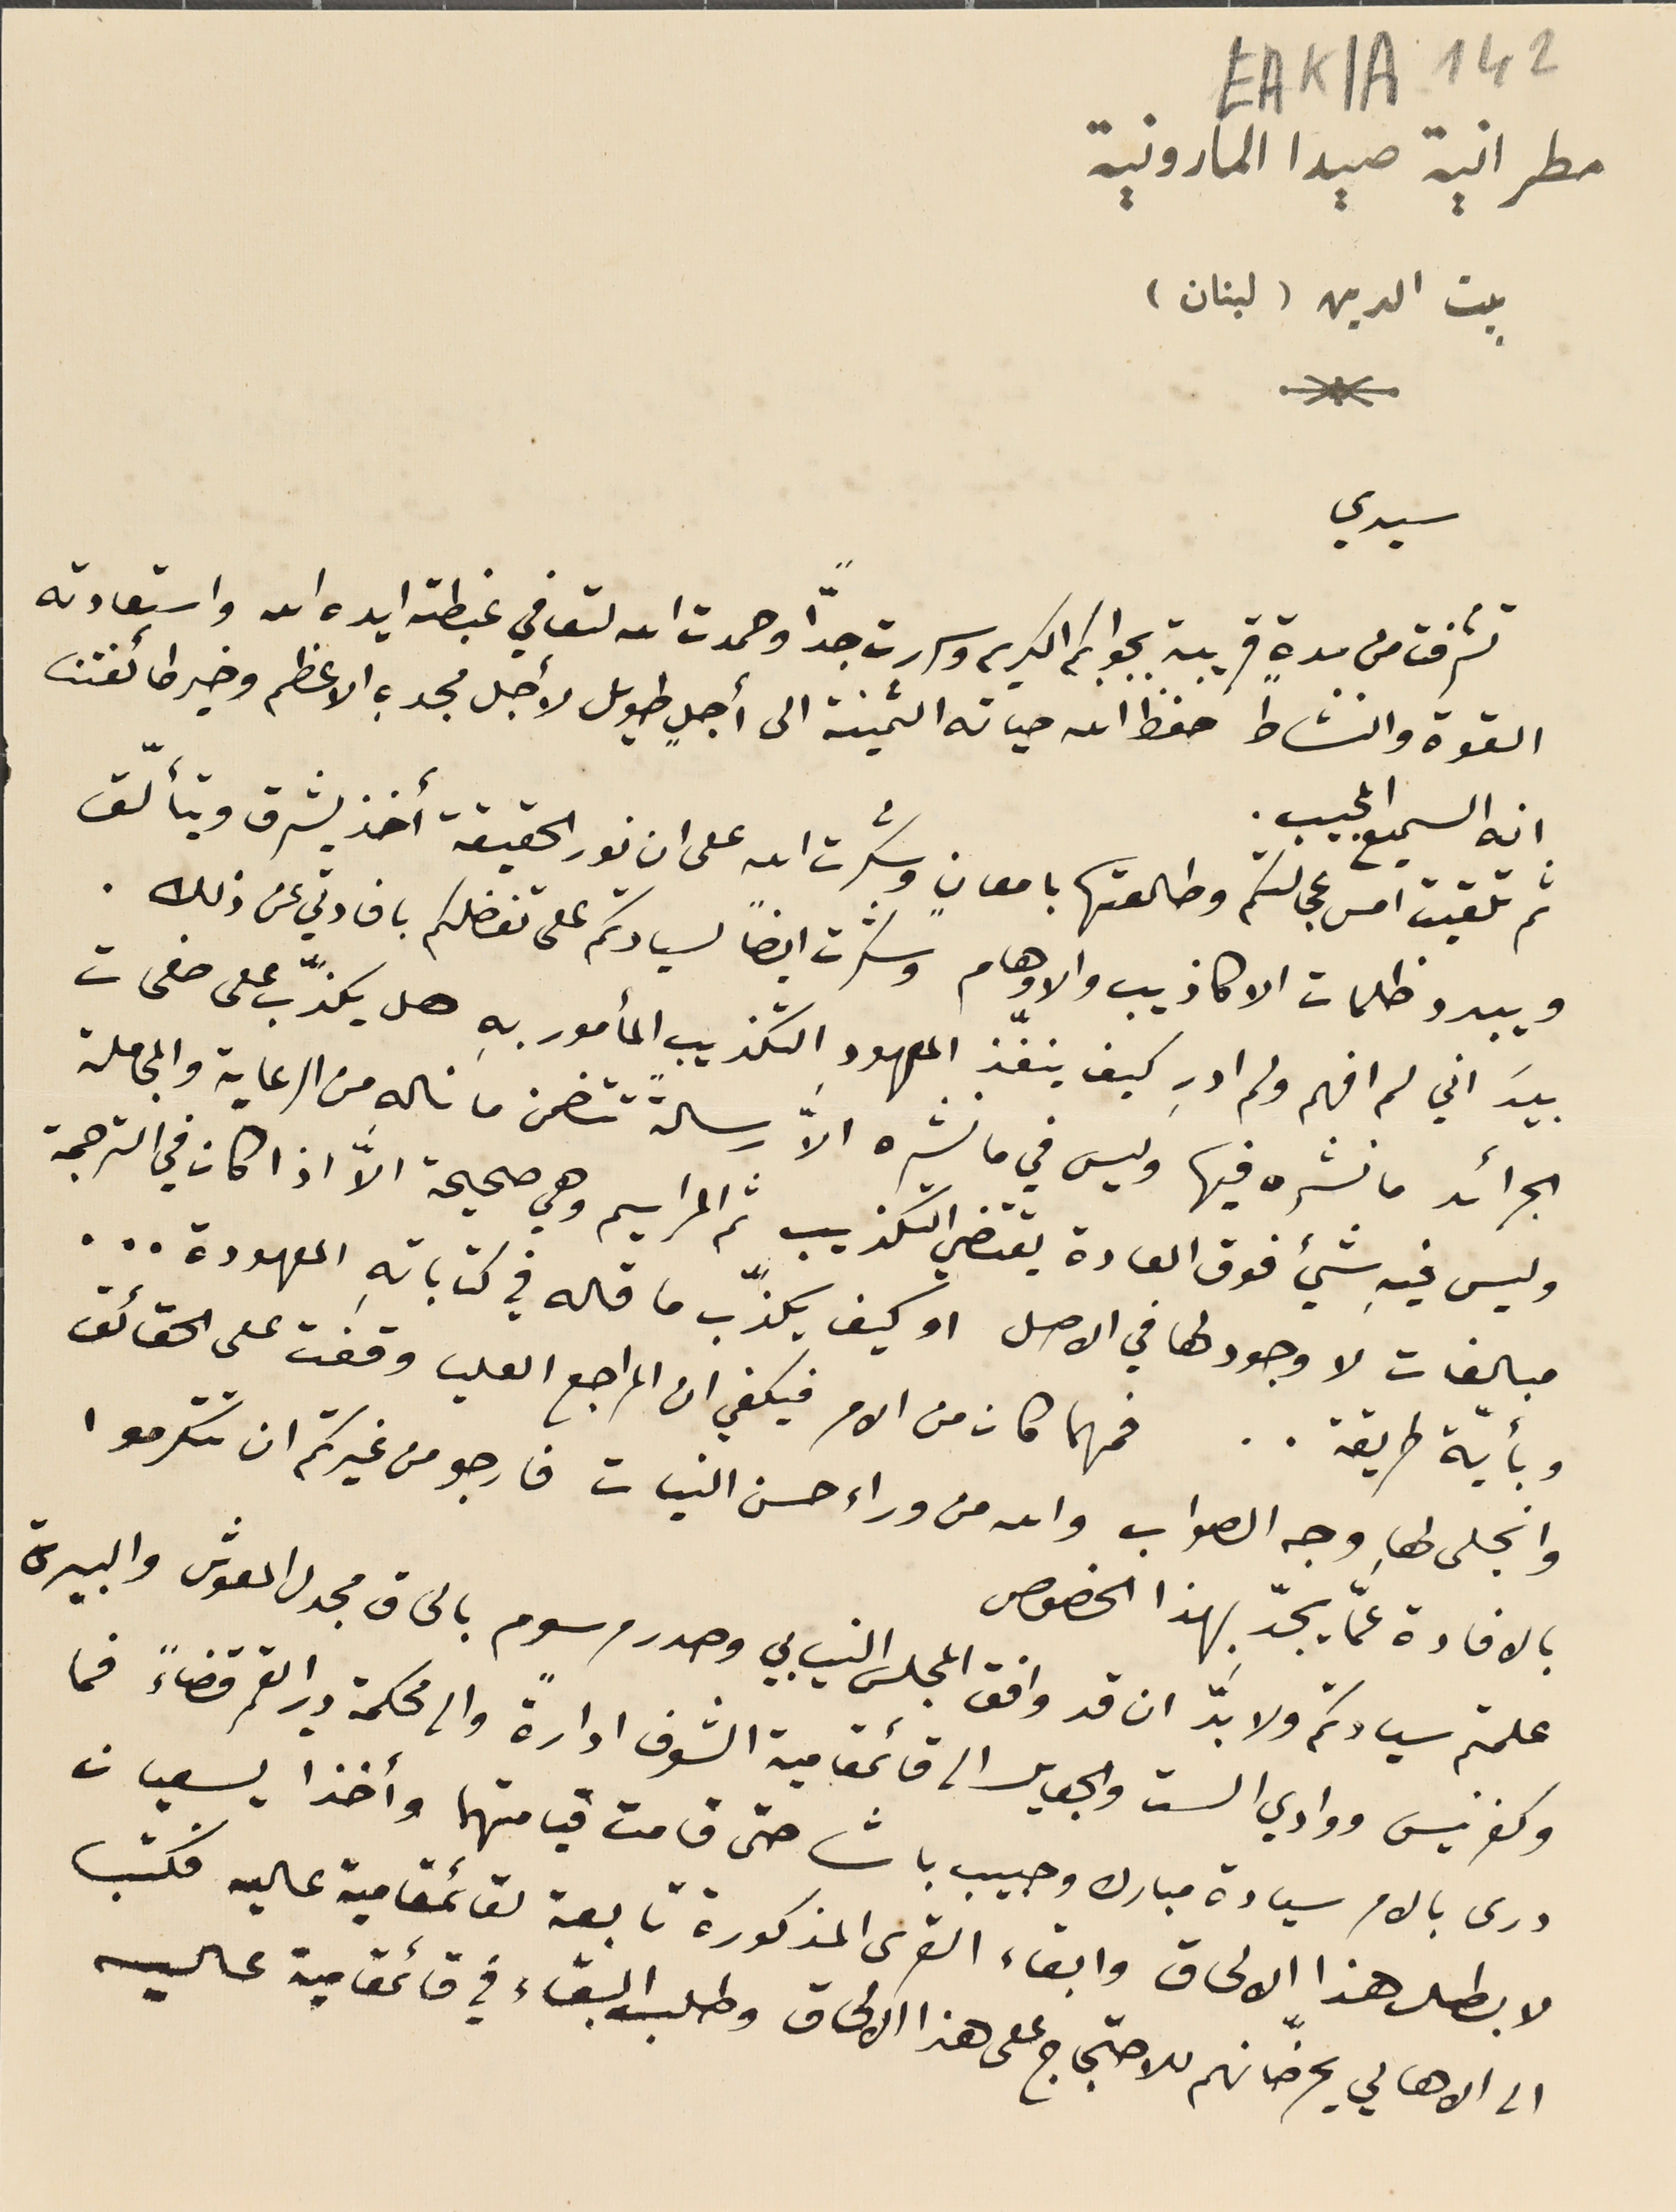
EAK1A-142
 مطرانية صيدا المارونية
      بيت الدين (لبنان)
سيدي
تشرفت من مدةٍ قريبة بجوابكم الكريم وسررت جدًّا وحمدت الله لتعافي غبطته ايده الله واستعادته
القوة والنشاط حفظ الله حياته الثمينة الى أجلٍ طويل لأجل مجدهِ الاعظم وخير طائفتنا
انه السميع المجيب.
ثم تلقيت امس عجالتكم وطالعتها بامعانٍ وشكرت الله على ان نور الحقيقة أخذ يشرق ويتألّق
ويبدد ظلمات الاكاذيب والاوهام وشكرت ايضًا لسيادتكم على تفضلكم بافادتي عن ذلك.
بيدَ اني لم افهم ولم ادرِ كيف ينفّذ المعهود التكذيب المأمور بهِ هل يكذّب على صفحات
الجرائد ما نشره فيها وليس في ما نشره الاَّ رسالةً تتضمن ما ناله من الرعاية والمجاملة
وليس فيهِ شيء فوق العادة يقتضي التكذيب ثم المراسيم وهي صحيحة الاَّ اذا كان في الترجمة
مبالغات لا وجود لها في الاصل او كيف يكذّب ما قاله في كتاباتهِ المعهودة . . .
وبأيّة طريقة . . فمهما كان من الامر فيكفي ان المراجع العليا وقفت على الحقائق
 وانجلى لها وجه الصواب والله من وراء حسن النيات فارجو من غيرتكم ان تتكرموا
 بالافادة عمَّا يجدّ بهذا الخصوص
علمتم سيادتكم ولا بدَّ ان قد وافق المجلس النيابي وصدر مرسوم بالحاق مجدل المعوش والبيرة
 وكفرنيس ووادي الست والجعايل الى قائمقامية الشوف ادارةً والى محكمة دير القمر قضاءً فما
 درى بالامر سيادة مبارك وحبيب باشا حتى قامت قيامتهما وأخذا يسعيان
 لا بطال هذا الالحاق وابقاء القرى المذكورة تابعة لقائمقامية عاليه فكتب
الى الاهالي يحرّضانهم للاحتجاج على هذا الالحاق وطلب البقاء في قائمقامية عاليه